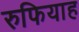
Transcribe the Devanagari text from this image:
रुफियाह